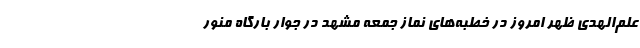
علم‌الهدی ظهر امروز در خطبه‌های نماز جمعه مشهد در جوار بارگاه منور